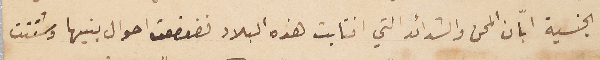
الجنسية ابّان المحن والشدائد التي انتابت هذه البلاد فضعضعت احوال بنيها وشتتت